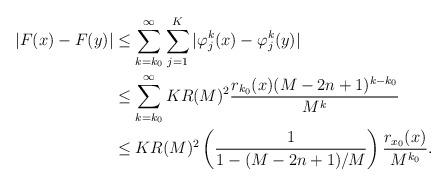
LaTeX: \begin{align*}|F(x) - F(y)| & \leq \sum_{k=k_0}^\infty \sum_{j=1}^K |\varphi_j^k(x) - \varphi_j^k(y)| \\& \leq \sum_{k=k_0}^\infty KR(M)^2 \frac{r_{k_0}(x)(M-2n+1)^{k-k_0}}{M^k} \\& \leq KR(M)^2 \left(\frac{1}{1-(M-2n+1)/M}\right) \frac{r_{x_0}(x)}{M^{k_0}}.\end{align*}